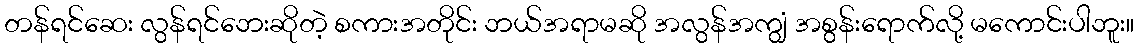
တန်ရင်ဆေး လွန်ရင်ဘေးဆိုတဲ့ စကားအတိုင်း ဘယ်အရာမဆို အလွန်အကျွံ အစွန်းရောက်လို့ မကောင်းပါဘူး။